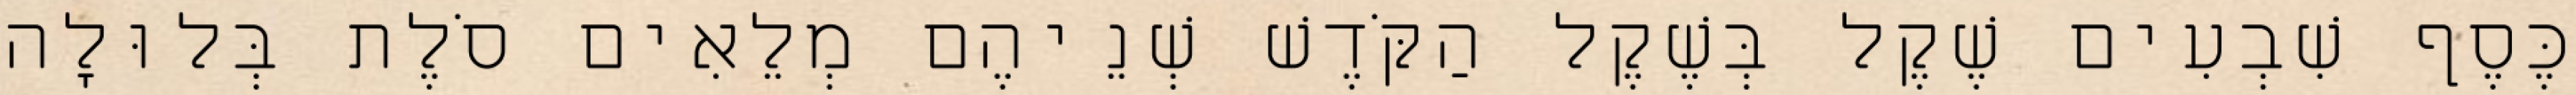
כֶּסֶף שִׁבְעִים שֶׁקֶל בְּשֶׁקֶל הַקֹּדֶשׁ שְׁנֵיהֶם מְלֵאִים סֹלֶת בְּלוּלָה